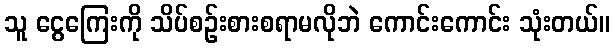
သူ ငွေကြေးကို သိပ်စဉ်းစားစရာမလိုဘဲ ကောင်းကောင်း သုံးတယ်။